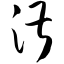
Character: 湛